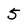
Character: 5